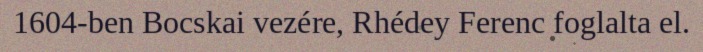
1604-ben Bocskai vezére, Rhédey Ferenc foglalta el.